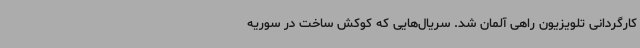
کارگردانی تلویزیون راهی آلمان شد. سریال‌هایی که کوکش ساخت در سوریه